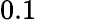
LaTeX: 0.1\hphantom{0000}